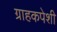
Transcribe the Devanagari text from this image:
ग्राहकपेशी